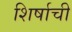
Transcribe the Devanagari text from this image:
शिर्षाची